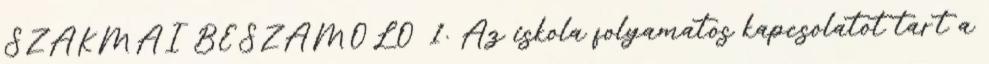
SZAKMAI BESZÁMOLÓ 1. Az iskola folyamatos kapcsolatot tart a